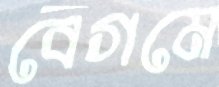
বেগমে